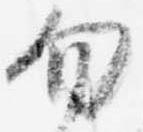
勿